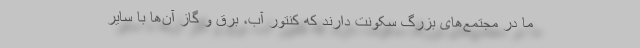
ما در مجتمع‌های بزرگ سکونت دارند که کنتور آب، برق و گاز آن‌ها با سایر